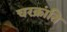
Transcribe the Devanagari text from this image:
चरक्रांति